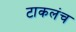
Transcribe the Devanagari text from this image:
टाकलंच